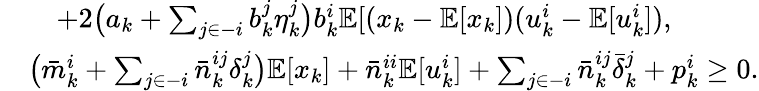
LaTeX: \begin{array}{rl}&{\quad+2\big(a_{k}+\sum_{j\in-i}b_{k}^{j}\eta_{k}^{j}\big)b_{k}^{i}\mathbb{E}[(x_{k}-\mathbb{E}[x_{k}])(u_{k}^{i}-\mathbb{E}[u_{k}^{i}]),}\\ &{\big(\bar{m}_{k}^{i}+\sum_{j\in-i}\bar{n}_{k}^{ij}\delta_{k}^{j}\big)\mathbb{E}[x_{k}]+\bar{n}_{k}^{ii}\mathbb{E}[u_{k}^{i}]+\sum_{j\in-i}\bar{n}_{k}^{ij}\bar{\delta}_{k}^{j}+p_{k}^{i}\geq 0.}\end{array}